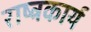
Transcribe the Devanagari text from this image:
राष्ट्रकार्य